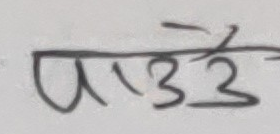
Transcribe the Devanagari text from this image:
पाउँदै